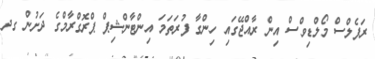
ރަފެލްސް މޯލްޑިވްސް އިން ރާއްޖޭގައި ހިންގާ ފުރަތަމަ އިންޓާންޝިޕް ޕްރޮގްރާމްގެ ދަށުން ގދ